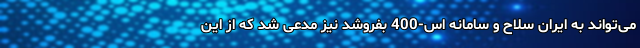
می‌تواند به ایران سلاح و سامانه اس-400 بفروشد نیز مدعی شد که از این